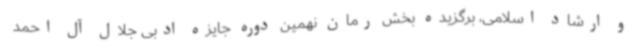
و ارشاد اسلامی، برگزیده بخش رمان نهمین دوره جایزه ادبی جلال آل احمد